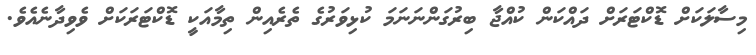
މިސާލަކަށް ޑޮކްޓަރަށް ދައްކަން ކުއްޖާ ބިރުގަންނަނަމަ ކުޅިވަރުގެ ތެރެއިން ތިމާއަކީ ޑޮކްޓަރަކަށް ވެވިދާނެއެވެ.